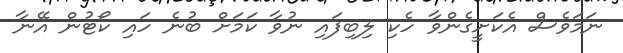
ނަމަވެސް އެކަށީގެންވާ ހެކި ލިބިފައި ނުވާ ކަމަށް ބުނެ ހައި ކޯޓުން އޭނާ